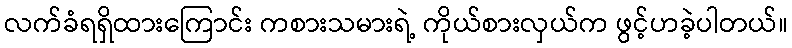
လက်ခံရရှိထားကြောင်း ကစားသမားရဲ့ ကိုယ်စားလှယ်က ဖွင့်ဟခဲ့ပါတယ်။